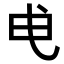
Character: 𭨘